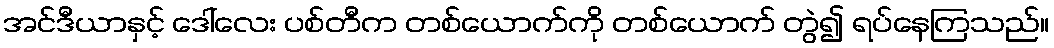
အင်ဒီယာနှင့် ဒေါ်လေး ပစ်တီက တစ်ယောက်ကို တစ်ယောက် တွဲ၍ ရပ်နေကြသည်။